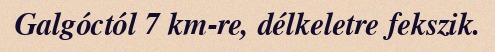
Galgóctól 7 km-re, délkeletre fekszik.